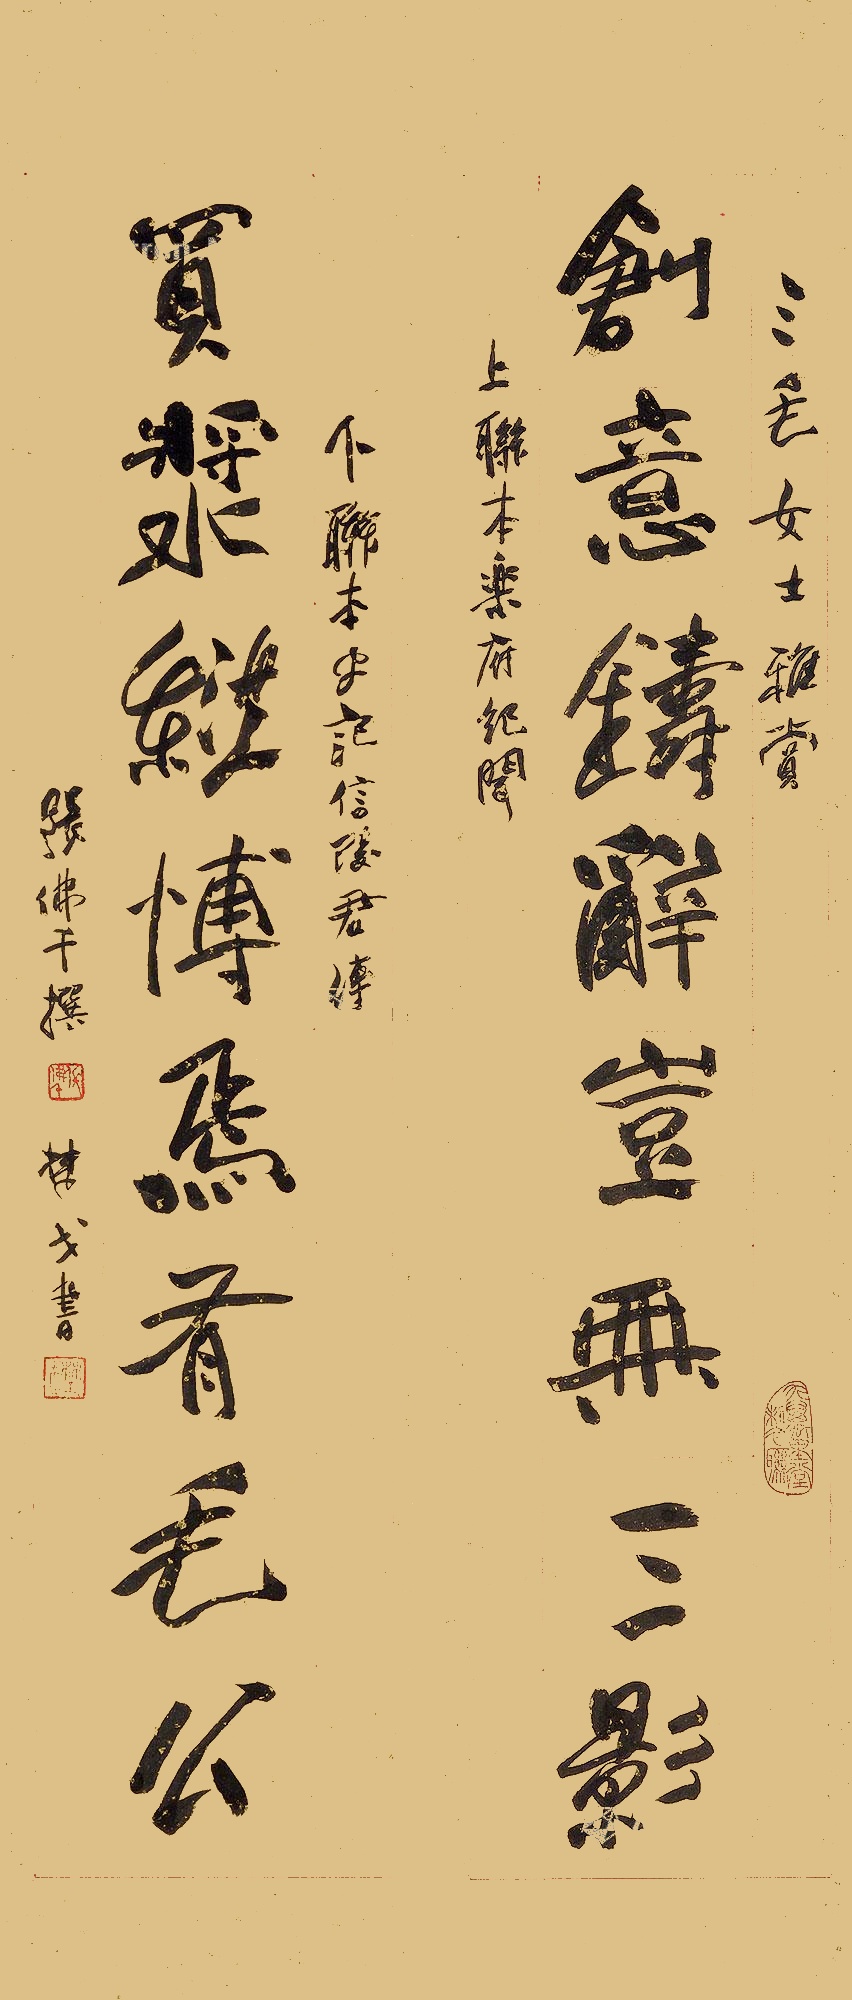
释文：创意铸辞岂无三影，买浆纵博焉有毛公。三毛女士雅赏，上联本乐府纪闻，下联本史记信陵君传，张佛千撰，楚戈书。